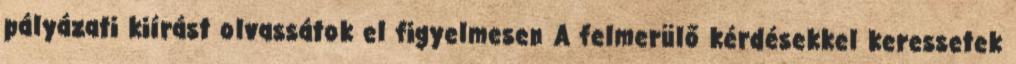
pályázati kiírást olvassátok el figyelmesen A felmerülő kérdésekkel keressetek